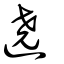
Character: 遶